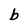
Character: b